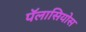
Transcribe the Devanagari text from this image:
पॅलासियोस